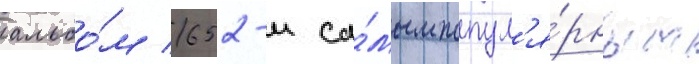
альбо́м 652-м са́мым попул'я́рным